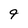
Character: 9